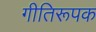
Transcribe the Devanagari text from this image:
गीतिरूपक